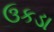
ઉકડા